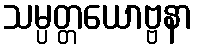
သမ္ပတ္တယောဗ္ဗနာ